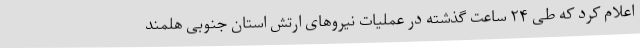
اعلام کرد که طی ۲۴ ساعت گذشته در عملیات نیروهای ارتش استان جنوبی هلمند